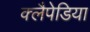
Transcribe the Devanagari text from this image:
क्लैपेडिया